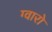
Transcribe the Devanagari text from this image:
ग्वारो